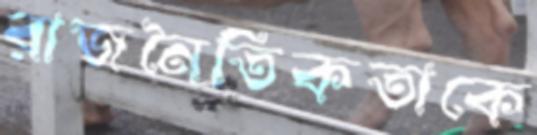
রাজনৈতিকতাকে